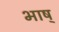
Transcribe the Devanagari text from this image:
भाष्